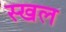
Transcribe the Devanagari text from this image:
स्खल